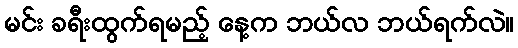
မင်း ခရီးထွက်ရမည့် နေ့က ဘယ်လ ဘယ်ရက်လဲ။